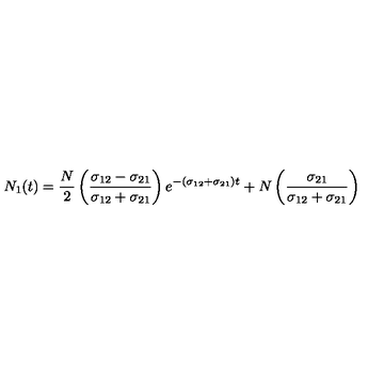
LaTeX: N _ { 1 } ( t ) = \frac { N } { 2 } \left( \frac { \sigma _ { 1 2 } - \sigma _ { 2 1 } } { \sigma _ { 1 2 } + \sigma _ { 2 1 } } \right) e ^ { - ( \sigma _ { 1 2 } + \sigma _ { 2 1 } ) t } + N \left( \frac { \sigma _ { 2 1 } } { \sigma _ { 1 2 } + \sigma _ { 2 1 } } \right)